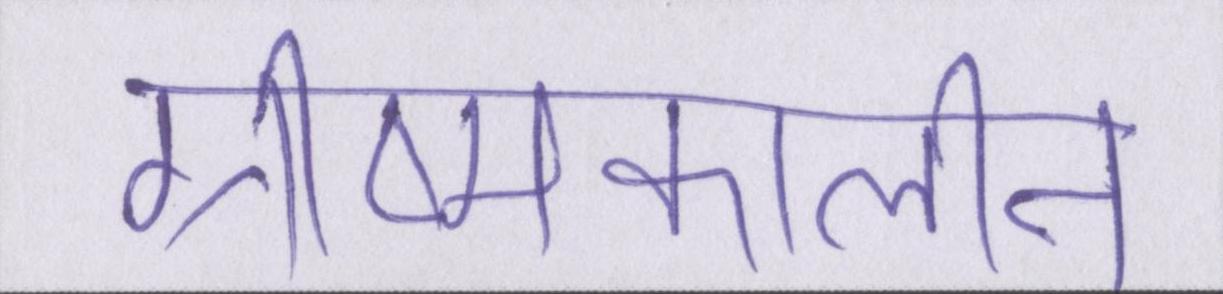
ग्रीष्मकालीन